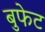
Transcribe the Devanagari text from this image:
बुफेट